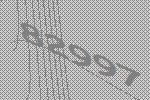
82997